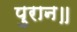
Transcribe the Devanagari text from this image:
पुरान॥